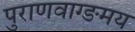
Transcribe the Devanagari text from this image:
पुराणवाग्ङमय